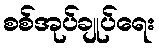
စစ်အုပ်ချုပ်ရေး